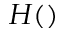
H ( )